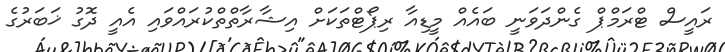
ރައީސް ޓްރަމްޕް ގެންދަވަނީ ބައެއް މީޑިއާ ރިޕޯޓްތަކަށް އިޝާރާތްތްކުރައްވައި އެއީ ދޮގު ޚަބަރުގެ